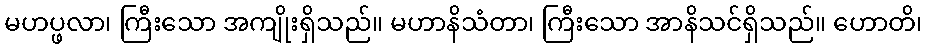
မဟပ္ဖလာ၊ ကြီးသော အကျိုးရှိသည်။ မဟာနိသံတာ၊ ကြီးသော အာနိသင်ရှိသည်။ ဟောတိ၊